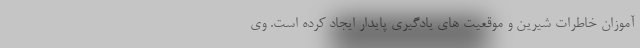
آموزان خاطرات شیرین و موقعیت های یادگیری پایدار ایجاد کرده است. وی